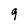
Character: 9